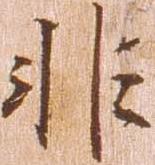
非